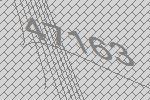
47163